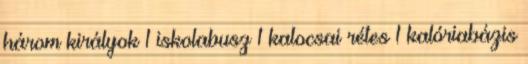
három királyok 1 iskolabusz 1 kalocsai rétes 1 kalóriabázis